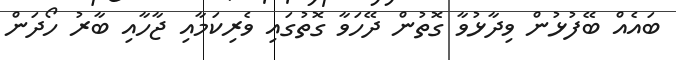
ބައެއް ބޭފުޅުން ވިދާޅުވާ ގޮތުން ދޭހަވާ ގޮތުގައި ވެރިކަމާއި ޖާހާއި ބާރު ހޯދަން